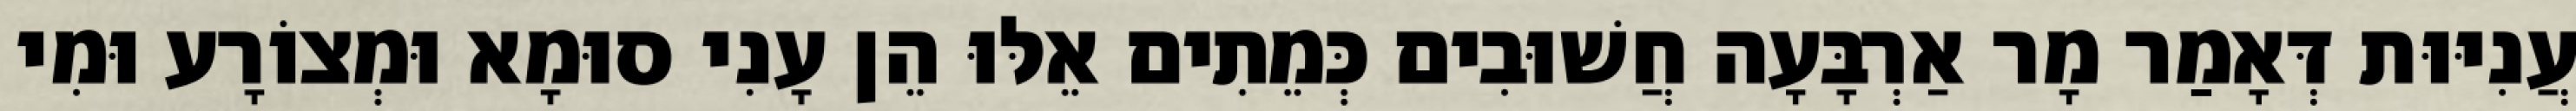
עֲנִיּוּת דְּאָמַר מָר אַרְבָּעָה חֲשׁוּבִים כְּמֵתִים אֵלּוּ הֵן עָנִי סוּמָא וּמְצוֹרָע וּמִי